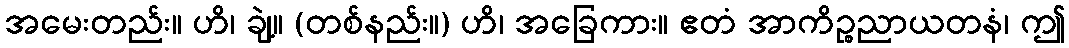
အမေးတည်း။ ဟိ၊ ချဲ့။ (တစ်နည်း။) ဟိ၊ အခြေကား။ ဧတံ အာကိဉ္စညာယတနံ၊ ဤ